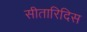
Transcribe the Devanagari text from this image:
सीतारिदिस